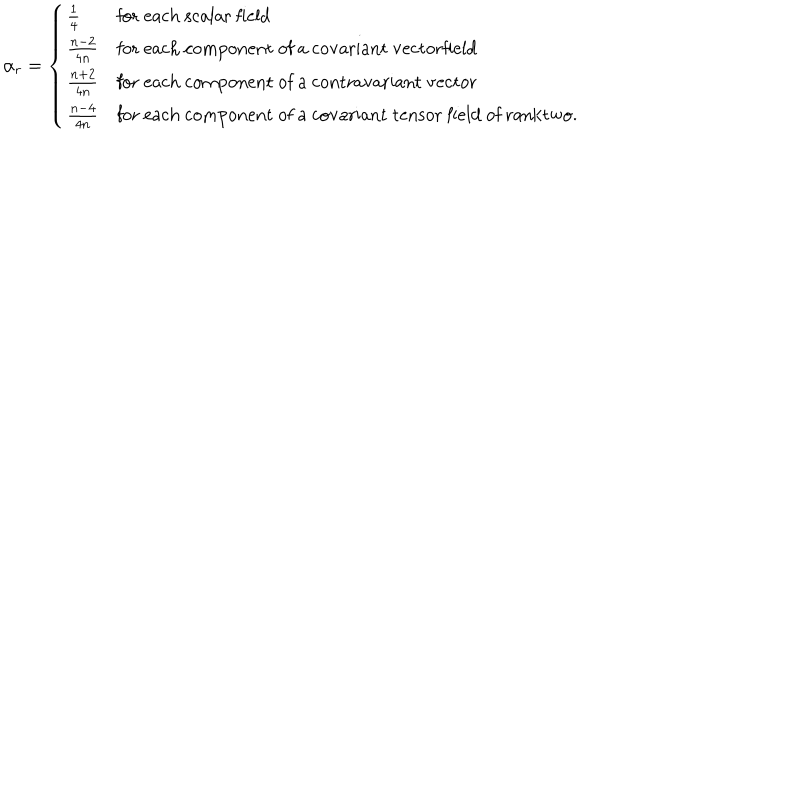
LaTeX: \alpha _ { r } = \left\{ \begin{array} { l l } { { \frac { 1 } { 4 } } } & { { \mathrm { f o r ~ e a c h ~ s c a l a r ~ f i e l d } } } \\ { { \frac { n - 2 } { 4 n } } } & { { \mathrm { f o r ~ e a c h ~ c o m p o n e n t ~ o f ~ a ~ c o v a r i a n t ~ v e c t o r f i e l d } } } \\ { { \frac { n + 2 } { 4 n } } } & { { \mathrm { f o r ~ e a c h ~ c o m p o n e n t ~ o f ~ a ~ c o n t r a v a r i a n t ~ v e c t o r } } } \\ { { \frac { n - 4 } { 4 n } } } & { { \mathrm { f o r ~ e a c h ~ c o m p o n e n t ~ o f ~ a ~ c o v a r i a n t ~ t e n s o r ~ f i e l d ~ o f ~ r a n k t w o . } } } \\ \end{array} \right.